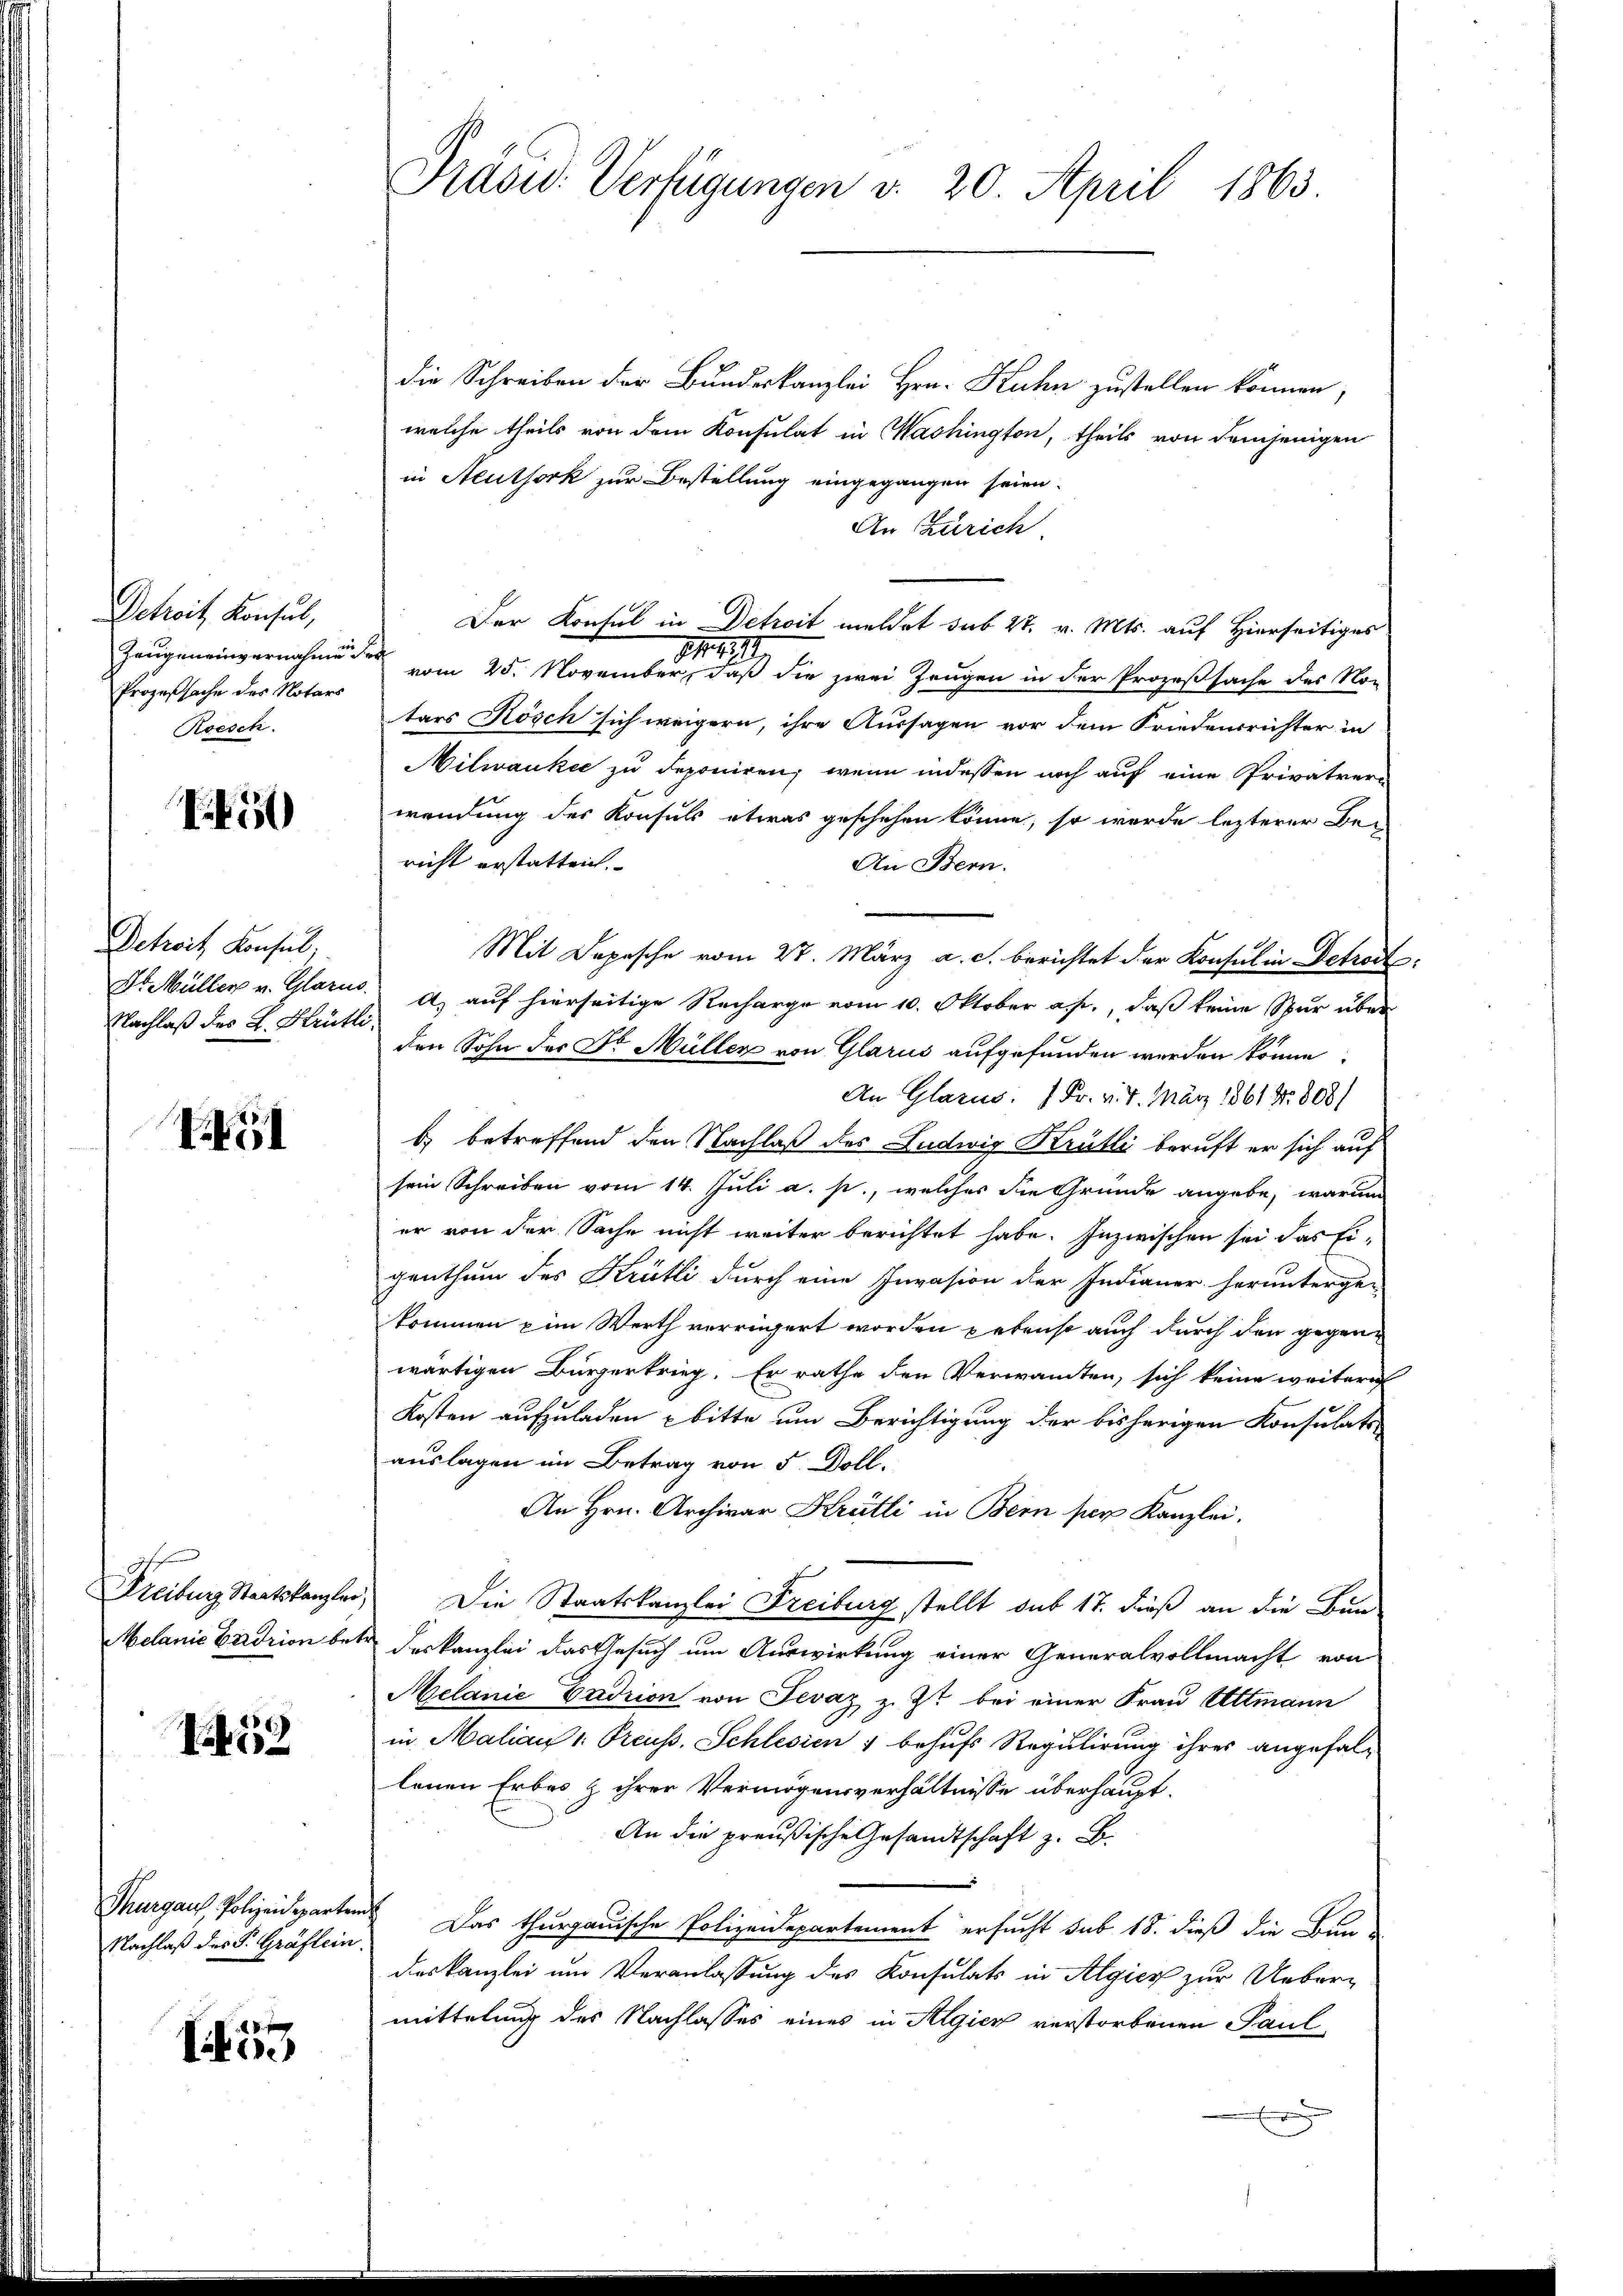
Entrich densetz
Prozeßsache des Notars
Roesch.

15

Detroit Konsul,
Dr. Müller v. Glarus.
Nachlaß des L. Krütli¬

I

Freiburg Staatskanzlei,

52

Nachlaß des P. Gräflein.

15

die Schreiben der Bundeskanzlei Hrn. Kuhn zustellen können,
welche theils von dem Konsulat in Washington, theils von demjenigen
in Aeuthork zur Bestellung eingegangen seien.
An Zürich
Der Konsul in Detroit meldet sub 27. v. Mts. auf Hierseitiges
11
Zeugeneinvernahme vom 25. November, daβ die zwei Zeugen in der Prozeβsache des Nor
tars Rösch sich weigern, ihre Aussagen vor dem Friedensrichter in
Milwanke zu deponiren, wenn indessen noch auf eine Privatrer
wendung des Konsuls etwas geschehen könne, so werde lezterer Bericht erstatten.
An Bern.
Mit Depesche vom 27. März a. c. berichtet der Konsul in Detract
A) auf hierseitige Recharge vom 10. Oktober a. p., daß keine Spur über
den Sohn der Dr. Müller von Glarus aufgefunden werden könne.
An Glarus: 1 Fr. v. 7. März 1861 Nr. 808/
b) betreffend den Nachlaß des Ludwig Krütli beruft er sich auf
sein Schreiben vom 14. Juli a. p., welches die Gründe angebe, warum
er von der Sache nicht weiter berichtet habe. Inzwischen sei das Eigenthum des Krütli durch eine Invasion der Indianer herunterge-
kommen zum Werth verrügert worden gebenso auch durch den gegenwärtigen Bürgerkrieg. Er rathe den Verwandten, sich keine weitere
Kosten aufzuladen bitte um Berichtigung der bisherigen Konsulatsauslagen im Betrag von 5 Doll.
An Hrn. Archivar Krätli in Bern per Kanzlei.
Die Staatskanzlei Freiburg stellt sub 17. dieß an die Bun-
Melanie Erdrion betr. deskanzlei das Gesuch um Auswirkung einer Generalvollmacht von
Melanić Eadrion von Jevaz z. Zt. bei einer Frau Altmann
in Malian 1. Preuss, Schlesien & behufs Regulirung ihres angefallenen Erbes & ihrer Vermögensverhältnisse überhaupt-
An die preußische Gesandtschaft z. B.
Thurgaus Polizeideparten. Das thurgauische Polizeidepartement ersucht sub 18. dieß die Bun-
deskanzlei um Veranlassung des Konsulats in Algier zur Ueber-
mittelung des Nachlasses eines in Algien verstorbenen Paul

Präsid. Verfügungen v. 20. April 1863